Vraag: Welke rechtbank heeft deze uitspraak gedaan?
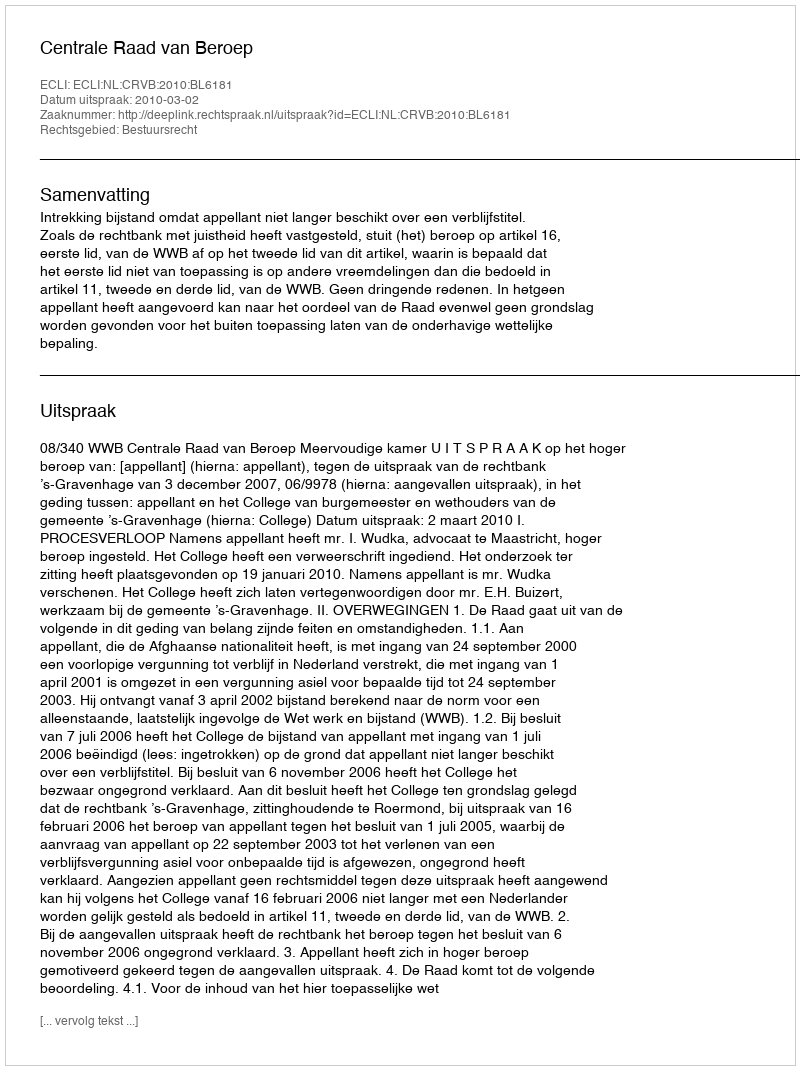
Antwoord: Centrale Raad van Beroep